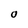
Character: O